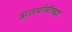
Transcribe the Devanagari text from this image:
अंतर्यामीच्या